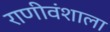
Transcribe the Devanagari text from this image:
राणीवंशाला